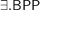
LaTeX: \exists . { \mathsf { B P P } }